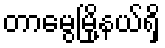
တာမွေမြို့နယ်ရှိ